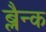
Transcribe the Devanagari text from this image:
ब्लैन्क